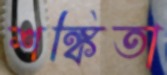
শঙ্কিতা